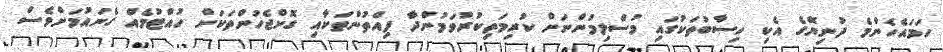
ހަމައެހެންމެ ދުނިޔޭގެ އެކި ހިސާބުތަކުގައި މުސްލިމުންނަށް ކުރިމަތިކުރުވަމުންދާ ފިއްތުންތަކާއި ގޮށްޖެހުންތަކަށް ހުއްޓުމެއް ގެނައުމަށްވެސް